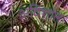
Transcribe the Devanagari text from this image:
अविशांत